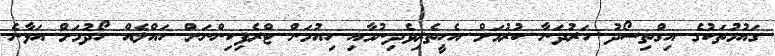
ގައުމުތަކުގެ އިގްތިސޯދު ހަރުދަނާ ކުރުމަށް އެހީތެރިވެދިނުމާއި ހިއުމަން ޓްރެފިކިންނަށް ހައްލެއް ހޯދުމަށް އަޅާނެ